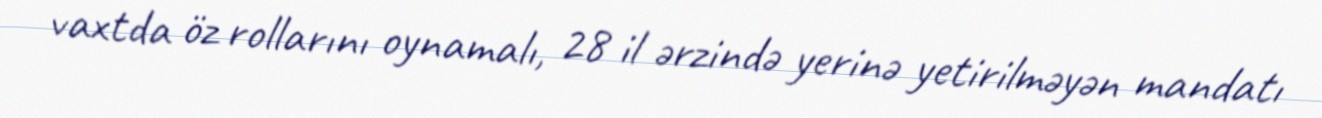
vaxtda öz rollarını oynamalı, 28 il ərzində yerinə yetirilməyən mandatı